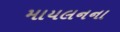
માયલનના